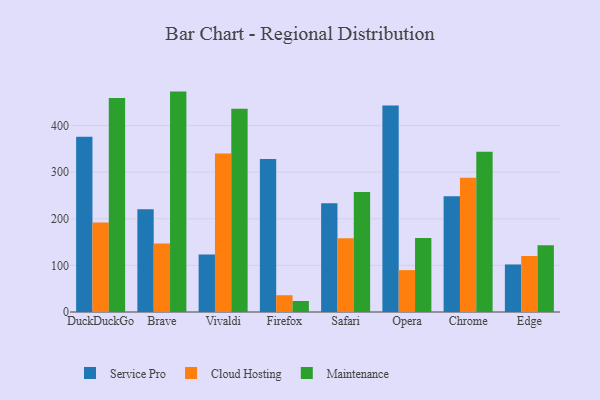
{"axis": {"x": "Browser", "y": "Demand Index"}, "legend": ["Cloud Hosting", "Maintenance", "Service Pro"], "data": [{"x": "DuckDuckGo", "y": 376.2, "type": "Service Pro"}, {"x": "DuckDuckGo", "y": 192.3, "type": "Cloud Hosting"}, {"x": "DuckDuckGo", "y": 459.0, "type": "Maintenance"}, {"x": "Brave", "y": 220.7, "type": "Service Pro"}, {"x": "Brave", "y": 147.0, "type": "Cloud Hosting"}, {"x": "Brave", "y": 473.0, "type": "Maintenance"}, {"x": "Vivaldi", "y": 123.3, "type": "Service Pro"}, {"x": "Vivaldi", "y": 340.1, "type": "Cloud Hosting"}, {"x": "Vivaldi", "y": 436.3, "type": "Maintenance"}, {"x": "Firefox", "y": 328.5, "type": "Service Pro"}, {"x": "Firefox", "y": 36.0, "type": "Cloud Hosting"}, {"x": "Firefox", "y": 23.6, "type": "Maintenance"}, {"x": "Safari", "y": 233.3, "type": "Service Pro"}, {"x": "Safari", "y": 158.2, "type": "Cloud Hosting"}, {"x": "Safari", "y": 257.5, "type": "Maintenance"}, {"x": "Opera", "y": 443.0, "type": "Service Pro"}, {"x": "Opera", "y": 89.9, "type": "Cloud Hosting"}, {"x": "Opera", "y": 158.9, "type": "Maintenance"}, {"x": "Chrome", "y": 248.5, "type": "Service Pro"}, {"x": "Chrome", "y": 288.1, "type": "Cloud Hosting"}, {"x": "Chrome", "y": 343.8, "type": "Maintenance"}, {"x": "Edge", "y": 102.0, "type": "Service Pro"}, {"x": "Edge", "y": 120.2, "type": "Cloud Hosting"}, {"x": "Edge", "y": 143.3, "type": "Maintenance"}]}